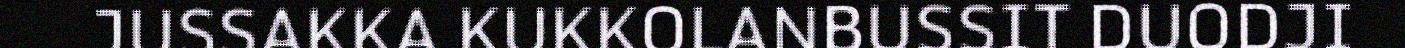
JUSSAKKA KUKKOLANBUSSIT DUODJI